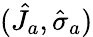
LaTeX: (\hat{J}_{a},\hat{\sigma}_{a})